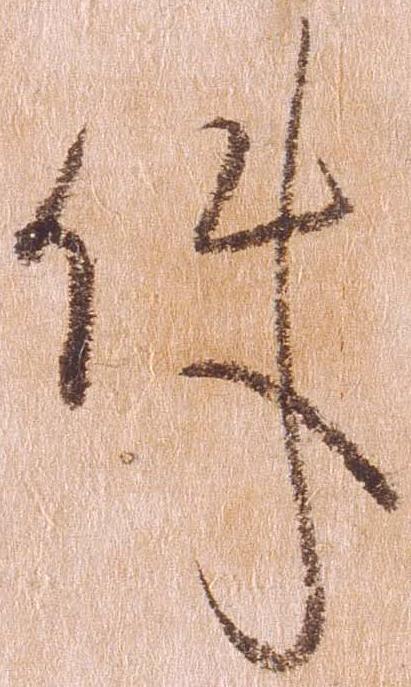
件